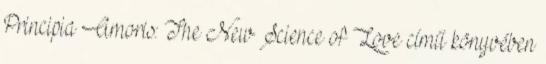
Principia Amoris: The New Science of Love című könyvében